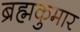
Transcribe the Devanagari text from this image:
ब्रह्मकुमार